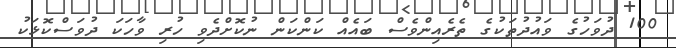
100 ދުވަހުގެ ވައުދުތަކުގެ ތެރެއިންވެސް ބައެއް ކަންކަން ނުކޮށްދެވި ހުރި ވާހަކަ ދުވަސްކޮޅަކު